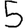
Digit: 5